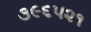
૩૯૬૫૨૧